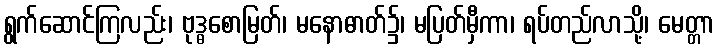
ရွက်ဆောင်ကြလည်း၊ ဗုဒ္ဓစောမြတ်၊ မနောဓာတ်၌၊ မပြတ်မှီကာ၊ ရပ်တည်လာသို့၊ မေတ္တာ